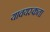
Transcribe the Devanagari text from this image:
यावयस्कता